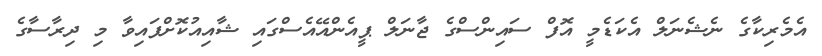
އެމެރިކާގެ ނެޝެނަލް އެކަޑެމީ އޮފް ސައިންސްގެ ޖާނަލް ޕީއެންއޭއެސްގައި ޝާއިއުކޮށްފައިވާ މި ދިރާސާގެ